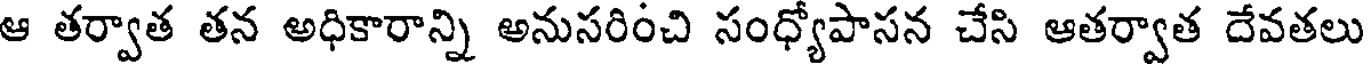
ఆ తర్వాత తన అధికారాన్ని అనుసరించి సంధ్యోపాసన చేసి ఆతర్వాత దేవతలు